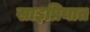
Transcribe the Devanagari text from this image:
साइप्रियात